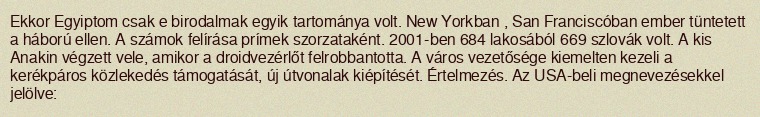
Ekkor Egyiptom csak e birodalmak egyik tartománya volt. New Yorkban , San Franciscóban ember tüntetett a háború ellen. A számok felírása prímek szorzataként. 2001-ben 684 lakosából 669 szlovák volt. A kis Anakin végzett vele, amikor a droidvezérlőt felrobbantotta. A város vezetősége kiemelten kezeli a kerékpáros közlekedés támogatását, új útvonalak kiépítését. Értelmezés. Az USA-beli megnevezésekkel jelölve: